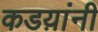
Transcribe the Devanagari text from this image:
कडय़ांनी